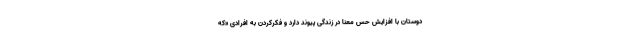
دوستان با افزایش حس معنا در زندگی پیوند دارد و فکرکردن به افرادی «که